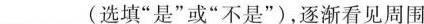
___(选填”是”或”不是”)，逐渐看见周围